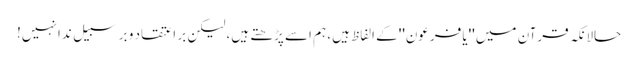
حالانکہ قرآن میں ''یا فرعون'' کے الفاظ ہیں، ہم اسے پڑھتے ہیں، لیکن بر اعتقاد و برسبیل ندا نہیں!